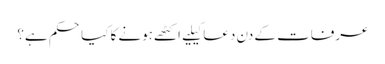
عرفات کے دن دعا کیلیے اکٹھے ہونے کا کیا حکم ہے؟